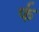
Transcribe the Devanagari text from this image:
र्फ